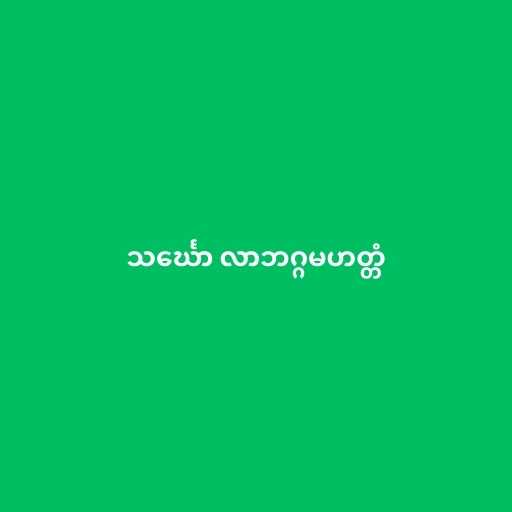
သင်္ဃော လာဘဂ္ဂမဟတ္တံ